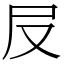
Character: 㞋